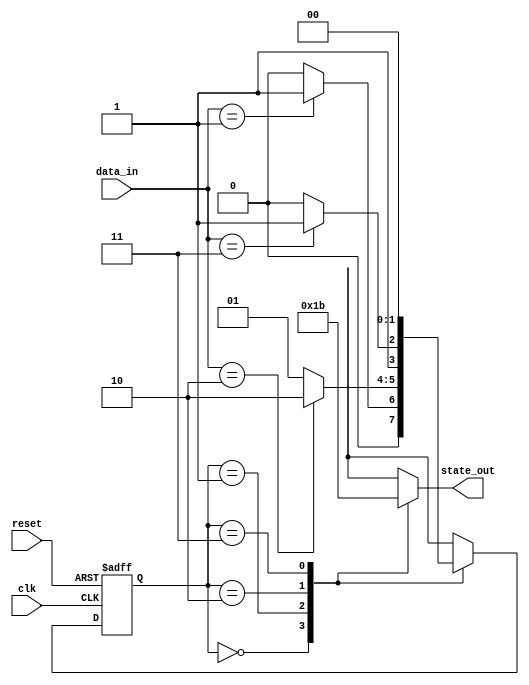
module negative_edge_sensitive_block (
    input wire clk,          // Clock signal
    input wire reset,        // Asynchronous reset signal
    input wire [1:0] data_in, // Input data
    output reg [1:0] state_out // Output state
);

    // State declaration
    reg [1:0] current_state, next_state;

    // State encoding (for example purposes)
    localparam STATE_0 = 2'b00;
    localparam STATE_1 = 2'b01;
    localparam STATE_2 = 2'b10;
    localparam STATE_3 = 2'b11;

    // Negative edge triggered process
    always @(negedge clk or negedge reset) begin
        if (!reset) begin
            // Reset condition
            current_state <= STATE_0; // Reset to initial state
        end else begin
            // State transition
            current_state <= next_state;
        end
    end

    // Next state logic based on current state and input
    always @(*) begin
        case (current_state)
            STATE_0: begin
                if (data_in == 2'b01)
                    next_state = STATE_1;
                else
                    next_state = STATE_0;
            end
            STATE_1: begin
                if (data_in == 2'b10)
                    next_state = STATE_2;
                else
                    next_state = STATE_1;
            end
            STATE_2: begin
                if (data_in == 2'b11)
                    next_state = STATE_3;
                else
                    next_state = STATE_2;
            end
            STATE_3: begin
                next_state = STATE_0; // Loop back to STATE_0
            end
            default: next_state = STATE_0; // Default case
        endcase
    end

    // Output assignment based on current state
    always @(*) begin
        case (current_state)
            STATE_0: state_out = 2'b00;
            STATE_1: state_out = 2'b01;
            STATE_2: state_out = 2'b10;
            STATE_3: state_out = 2'b11;
            default: state_out = 2'b00; // Default output
        endcase
    end

endmodule